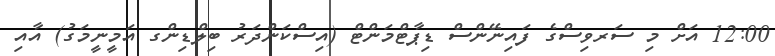
12:00 އަށް މި ސަރވިސްގެ ފައިނޭންސް ޑިޕާޓްމަންޓް (އިސްކަންދަރު ބިލްޑިންގ އަމީނީމަގު) އާއި